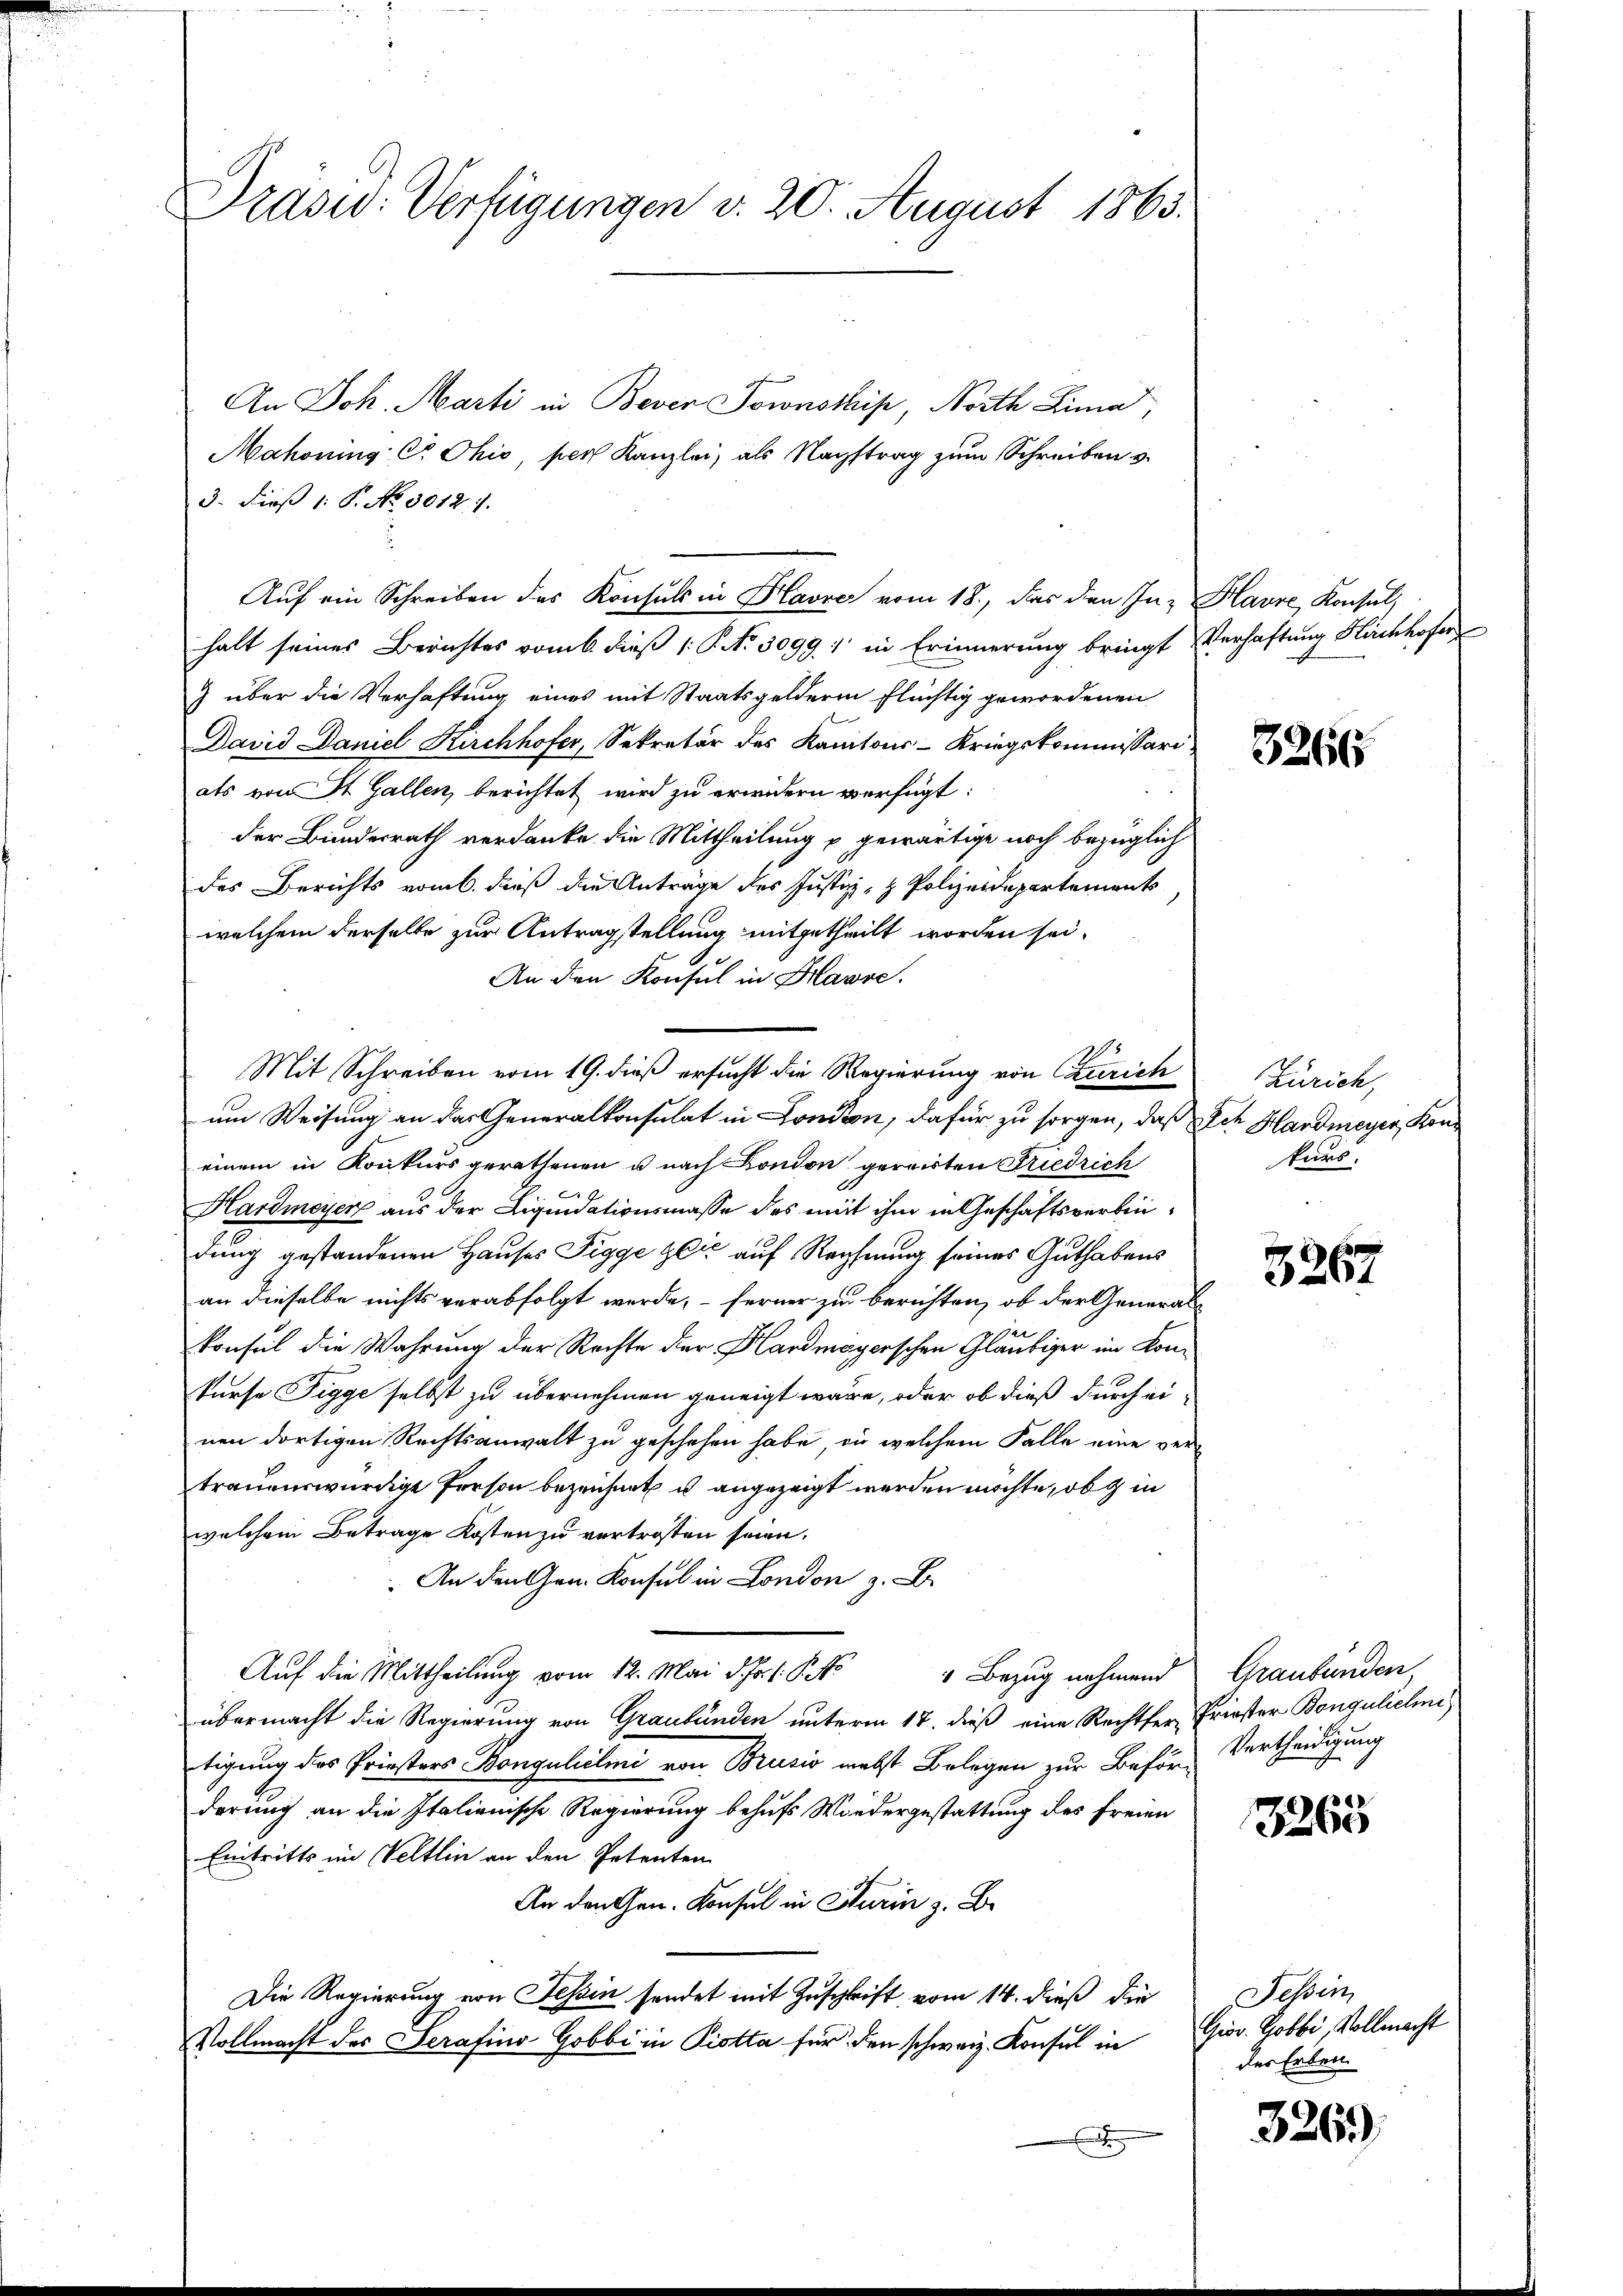
Präsid. Verfügungen v. 20. August 1865.

An Joh. Marti in Bever Sonstis, North Lina
Mahonung Cr Ohio, pers Kanzlei, als Nachstrag zum Schreiben v.
3. Dieß 1: P. No 3012. 1.
Auf ein Schreiben des Konsuls in Havre vom 18., das den In- Havre Konsul,
halt seines Berichtes vom 6. dieß P. Nr. 3099. 1 in Erinnerung bringt Verhaftung Kirchhofer
) über die Verhaftung eines mit Staatsgelderin flüchtig gewordenen
David Daniel Kirchhofer, Sekretär des Kantons-Kriegskommissarials von St. Gallen berichtet wird zu erwidern verfügt:
der Bundesrath verdanke die Mittheilung u. gewärtige noch bezüglich
des Berichts vom 6. dieß die Anträge des Justiz- & Polizeidepartements
welchem derselbe zur Antragstellung mitgetheilt worden sei.
An den Konsul in Havre.
Mit Schreiben vom 19. dieß ersucht die Regierung von Curich
um Weisung an das Generalkonsulat in London, dafür zu sorgen, daß ich Hardmeyer, Koneinem in Konkurs gerathenen u nach Bondon gereisten Friedrich
6
Hardmeyer aus der Liquidationsmasse des mit ihm in Geschäftsverbindung gestandenen Hauses Tigge zeit auf Rechnung seines Guthabens
an dieselbe nichts verabfolgt werde, – ferner zu berichten, ob der Generalkonseil die Wahrung der Rechte der Hardmeyerschen Gläubiger im Konkurse Tigge selbst zu übernehmen geneigt wäre, oder ob dieß durch ei-
nen dortigen Rechtsanwalt zu geschehen habe, die welchem Falle eine vertrauenswürdige Person bezeichnet u angezeigt werden möchte, ob gin
welchem Betrage Kosten zu vertrosten seien.
. An den Gem. Konsul in London z. B.
Auf die Mittheilung vom 12. Mai d. Fr. 1. P. Jo
1 Bezug nehmend
übermacht die Regierung von Graubünden unterm 17. dieß eine Rechtfer, Priester Bongulichni
tigung des Priesters Bongulieli von Brusio nebst Belegen zur Beförde Vertheidigung
derung an die Italienische Regierung behufs Wiedergestattung des Freien
Eintritts im Veltlin an den Petenten
An den Gen. Konsul in Turin z. B.
Die Regierung von Tessin sendet mit Zuschrift vom 14. dieß die
Vollmacht des Serasino-Gobbi in Piotta für den schweiz. Konsul in
E

3266

Zürich,
kurs.

x
5267

Graubünden

3265

Tessin,
Grov. Gobbi, Vollmacht
des Erben

3263